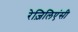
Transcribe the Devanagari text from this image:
रेज़िलिएंसी